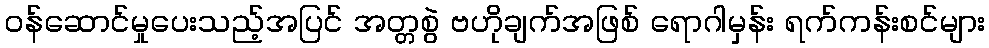
ဝန်ဆောင်မှုပေးသည့်အပြင် အတ္တစွဲ ဗဟိုချက်အဖြစ် ရောဂါမှန်း ရက်ကန်းစင်များ